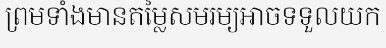
ព្រមទាំងមានតម្លៃសមរម្យអាចទទួលយក